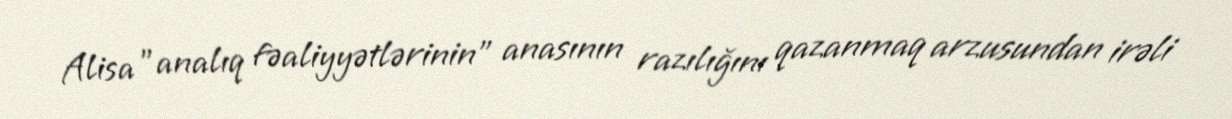
Alisa "analıq fəaliyyətlərinin" anasının razılığını qazanmaq arzusundan irəli